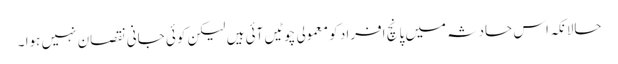
حالانکہ اس حادثہ میں پانچ افراد کو معمولی چوٹیں آئی ہیں لیکن کوئی جانی نقصان نہیں ہوا ۔